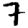
Digit: 7